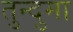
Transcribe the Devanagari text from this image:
तुन्दुमा